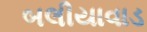
બલીયાવાડ